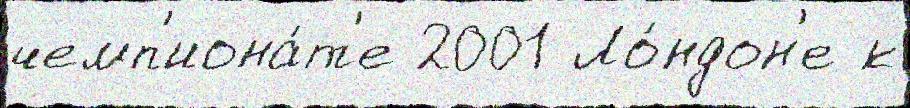
чемп'иона́т'е 2001 Ло́ндон'е к